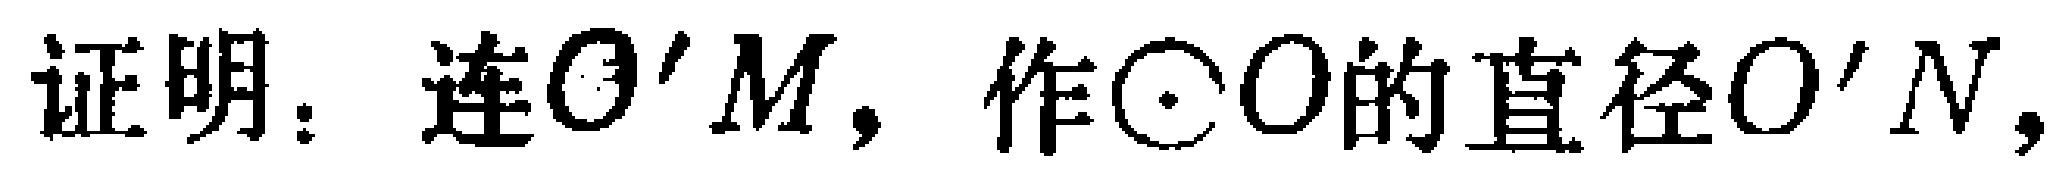
证明：连$O'M$，作$\odot O$的直径$O'N$，